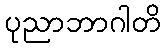
ပုညာဘာဂါတိ